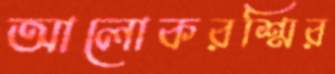
আলোকরশ্মির